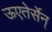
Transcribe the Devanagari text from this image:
ऊएतेर्सेन्